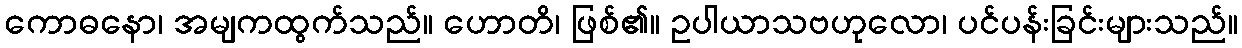
ကောဓနော၊ အမျကထွက်သည်။ ဟောတိ၊ ဖြစ်၏။ ဥပါယာသဗဟုလော၊ ပင်ပန်းခြင်းများသည်။